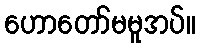
ဟောတော်မမူအပ်။